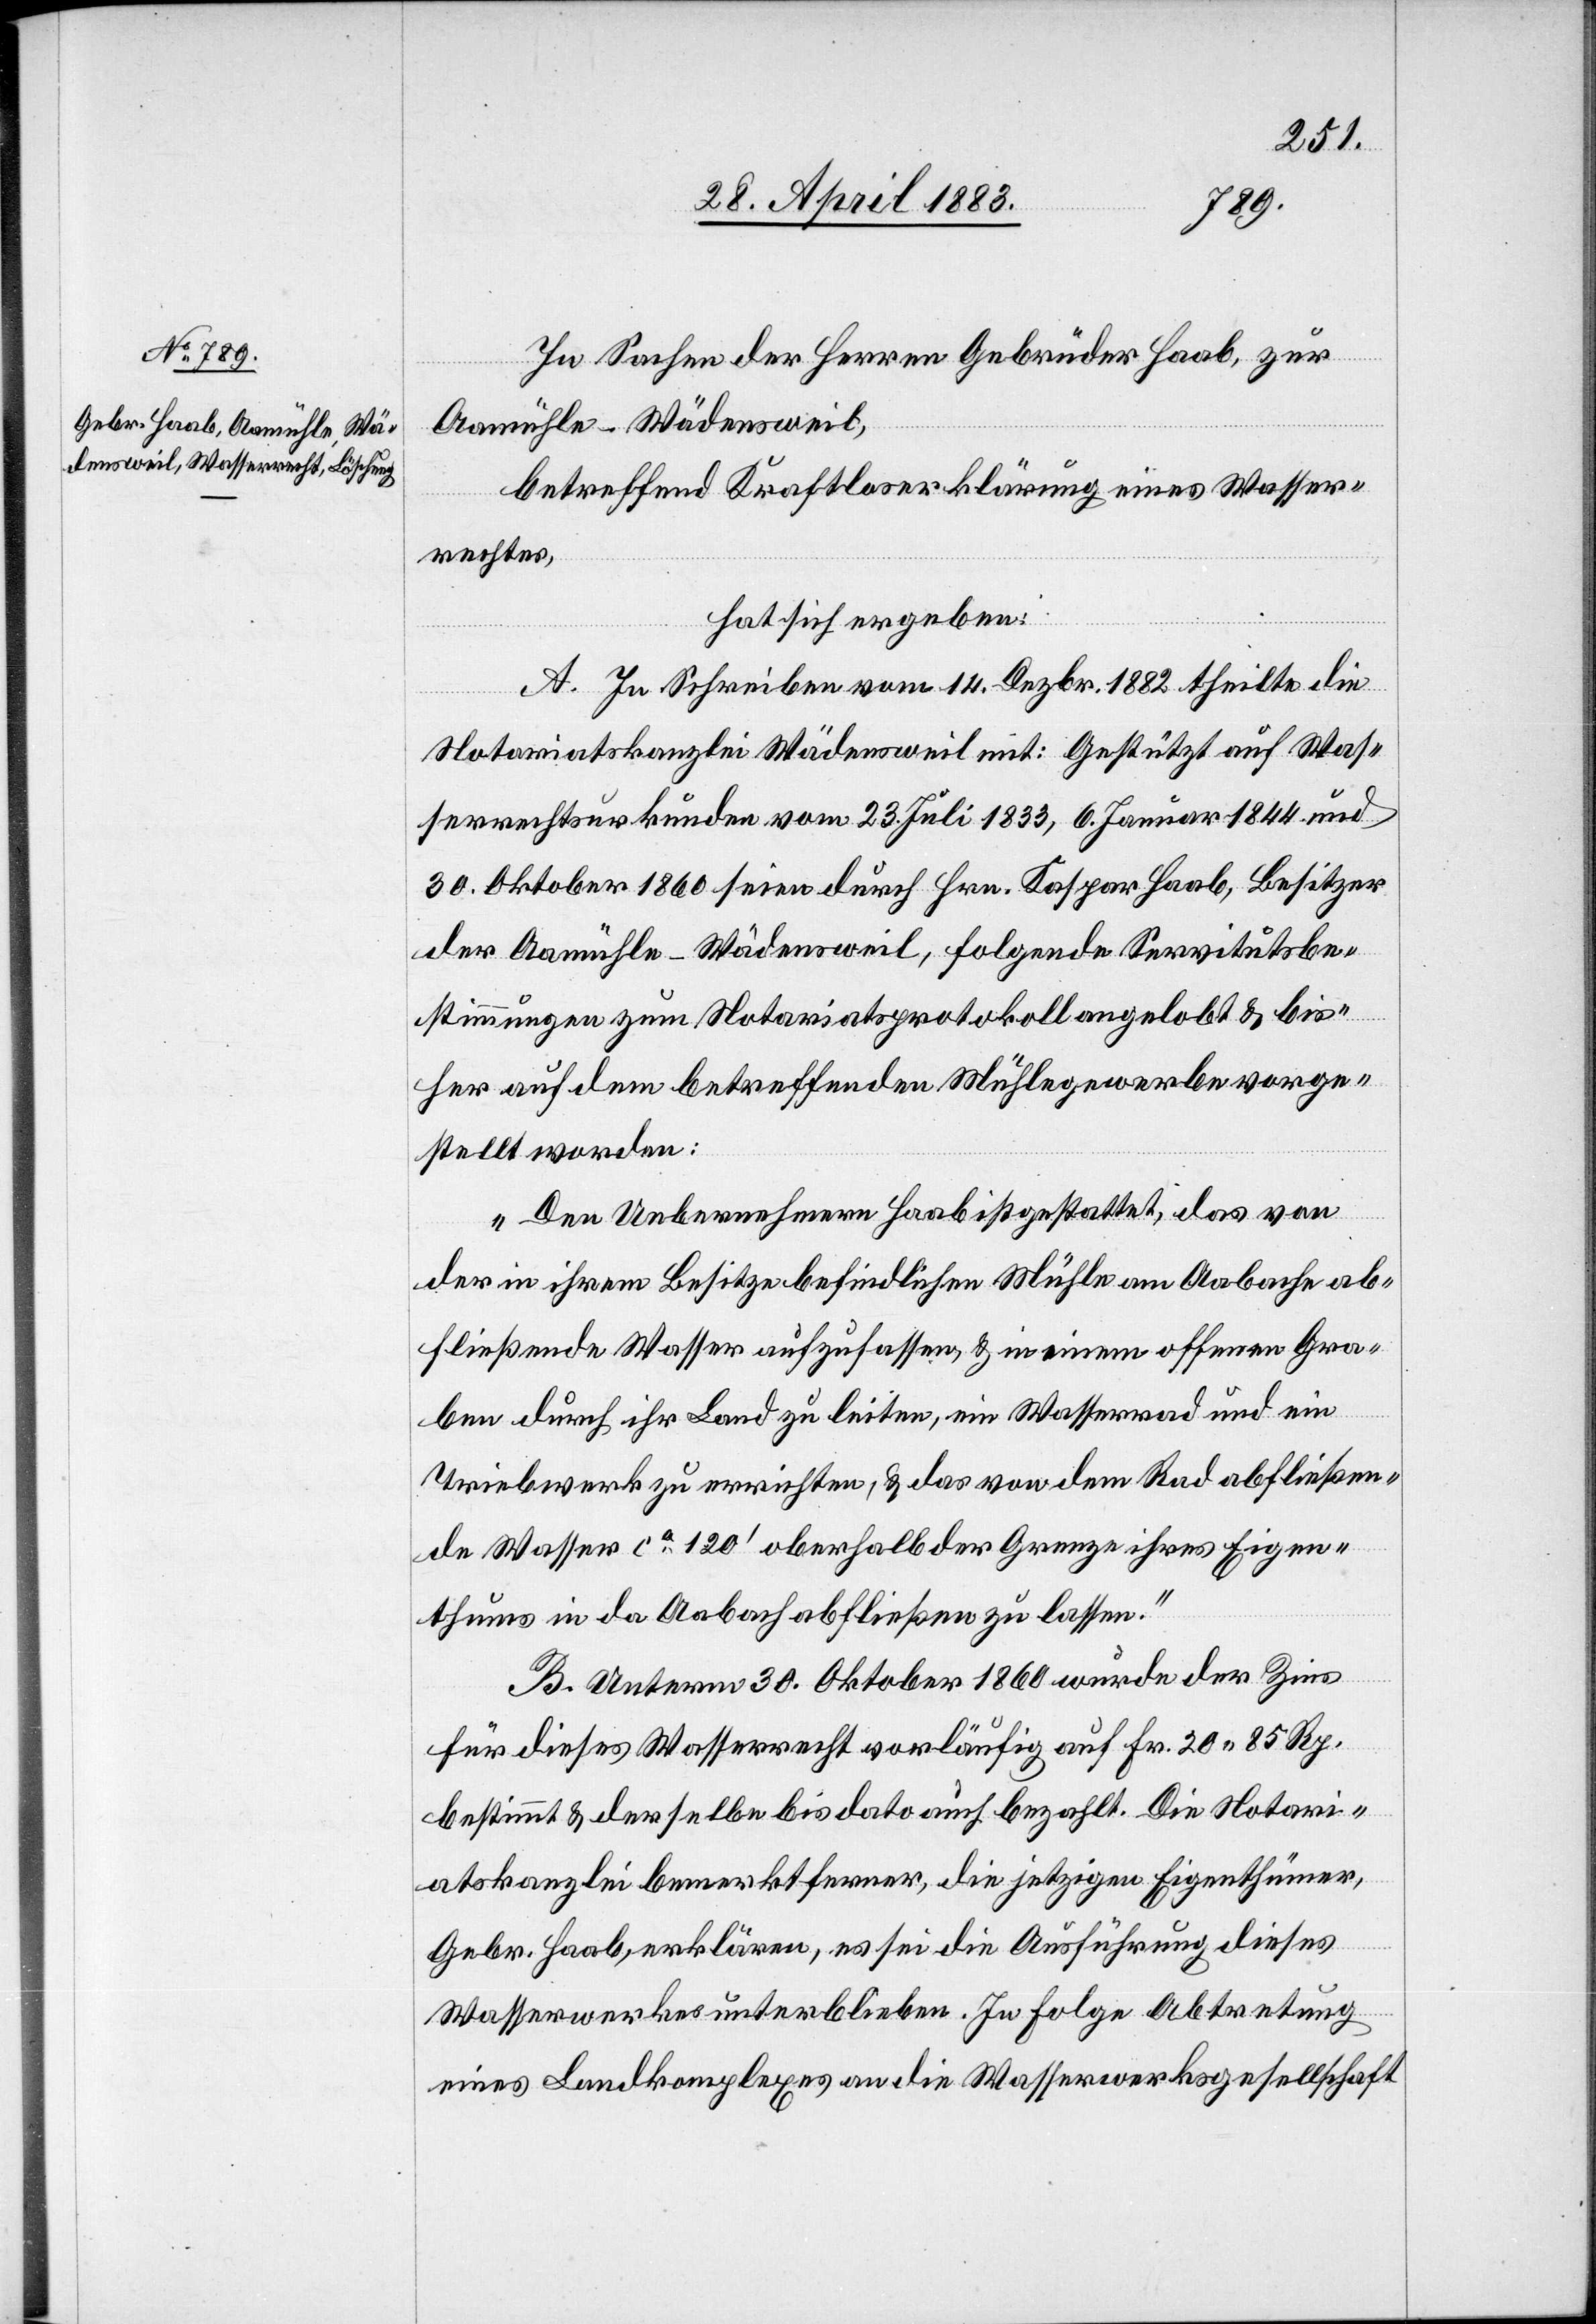
thums
In Sachen der Herren Gebrüder Haab, zur
Aamühle - Wädensweil,
betreffend Kraftloserklärung eines Wasser¬
rechtes,
hat sich ergeben:
A. In Schreiben vom 14. Dezbr. 1882 theilte die
Notariatskanzlei Wädensweil mit: Gestützt auf Was¬
serrechtsurkunden vom 23. Juli 1833, 6. Januar 1844 und
30. Oktober 1860 seien durch Hrn. Kaspar Haab, Besitzer
der Aamühle - Wädensweil, folgende Servitutsbe¬
stimmungen zum Notariatsprotokoll angelobt & bis¬
her auf dem betreffenden Mühlegewerbe vorge¬
stellt worden:
„Den Uebernehmern Haab ist gestattet, das von
der in ihrem Besitze befindlichen Mühle am Aabache ab¬
fließende Wasser aufzufassen, & in einem offenen Gra¬
ben durch ihr Land zu leiten, ein Wasserrad und ein
Triebwerk zu errichten, & das von dem Rad abfließen¬
de Wasser ca 120’ oberhalb der Grenze ihres Eigen¬
B. Unterm 30. Oktober 1860 wurde der Zins
für dieses Wasserrecht vorläufig auf Fr. 20 85 Rp.
bestimmt & derselbe bis dato auch bezahlt. Die Notari¬
atskanzlei bemerkt ferner, die jetzigen Eigenthümer,
Gebr. Haab, erklären, es sei die Ausführung dieses
Wasserwerkes unterblieben. In Folge Abtretung
eines Landkomplexes an die Wasserwerksgesellschaft